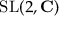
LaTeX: \mathrm { S L } ( 2 , \mathbf { C } )